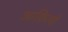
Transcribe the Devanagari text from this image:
आक़िलों